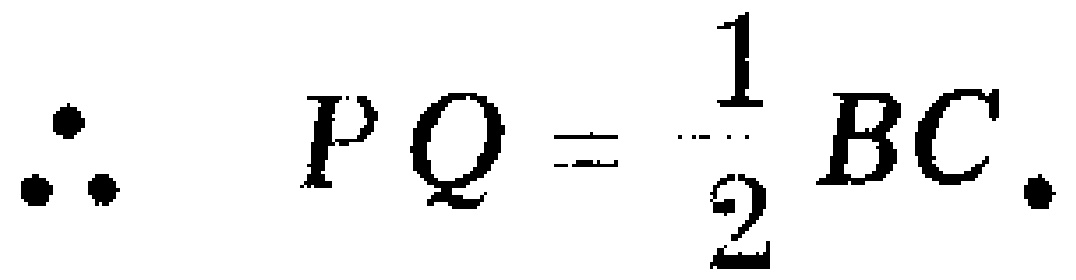
\(\therefore PQ = \frac{1}{2}BC.\)